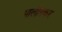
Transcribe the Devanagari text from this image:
पालीमकर